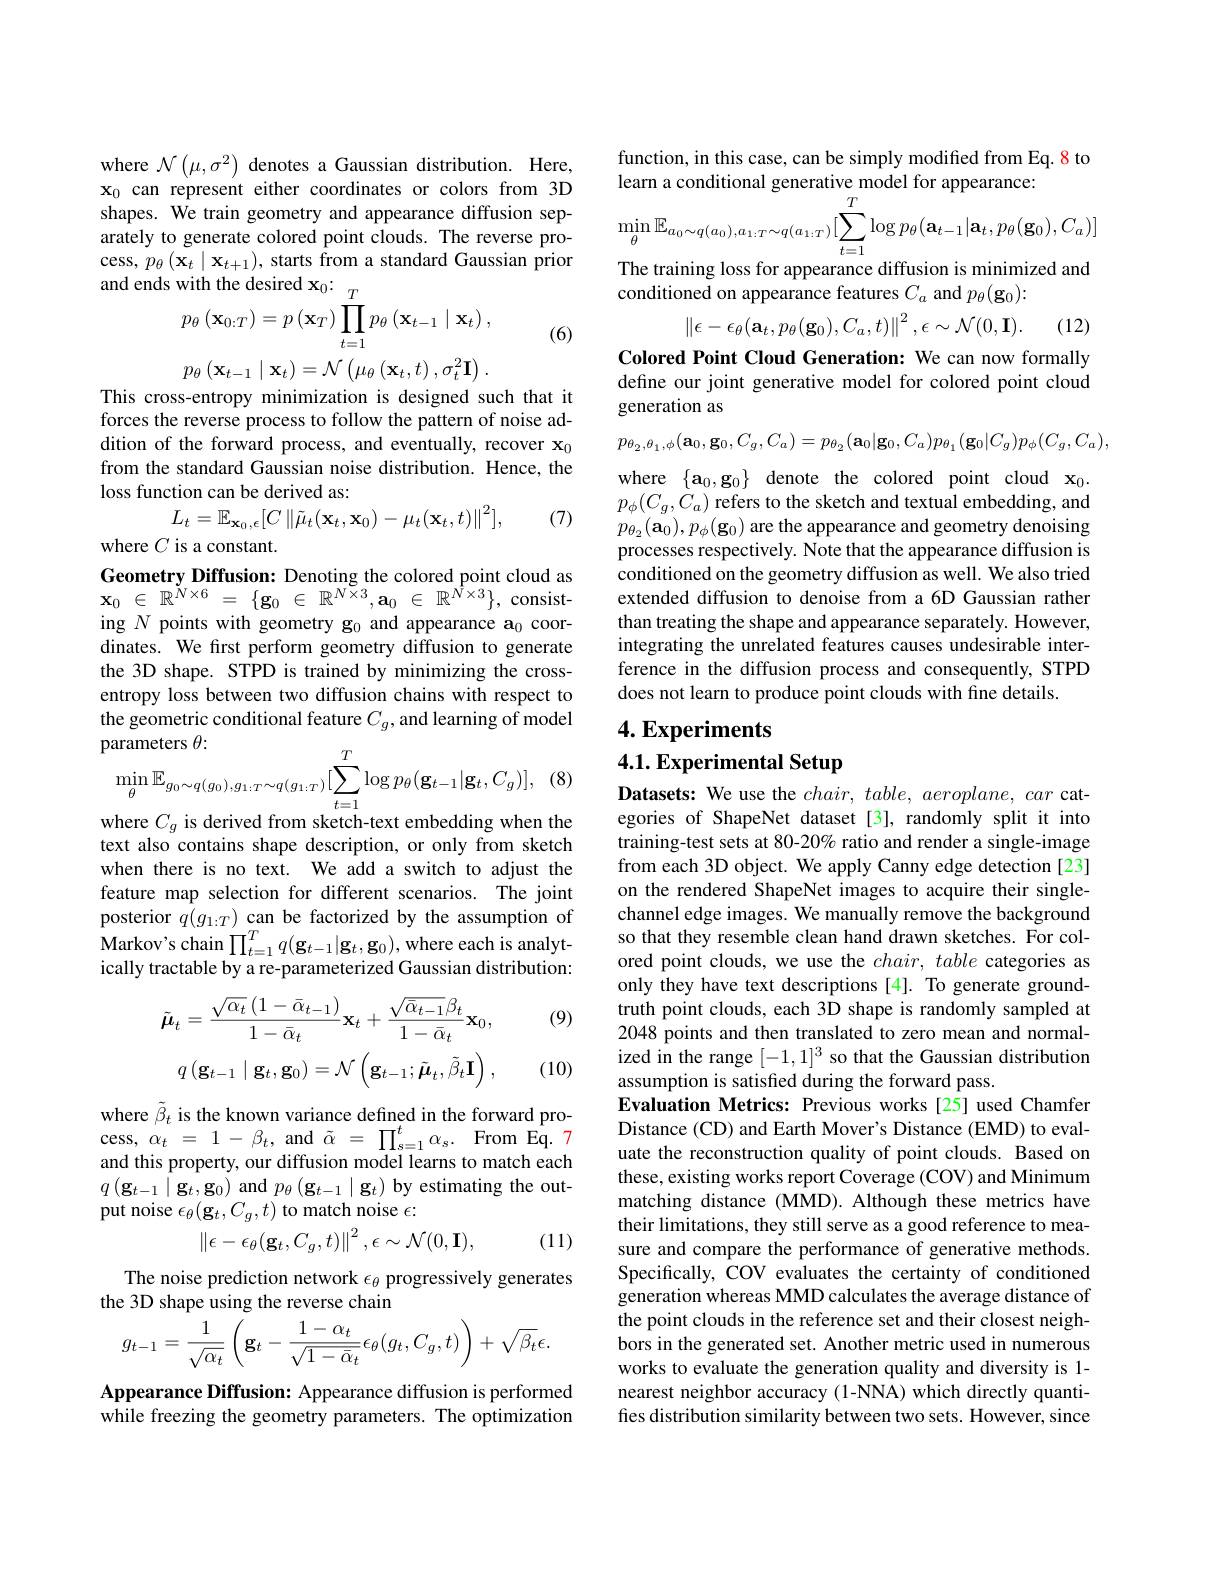
where $\mathcal{N}\left(\mu,\sigma^{2}\right)$ denotes a Gaussian distribution. Here, $\mathbf{x}_0$ can represent either coordinates or colors from 3D shapes. We train geometry and appearance diffusion separately to generate colored point clouds. The reverse process, $p_{\theta}\left(\mathbf{x}_{t}\mid\mathbf{x}_{t+1}\right)$, starts from a standard Gaussian prior and ends
$$\begin{aligned}&\text{with the desired x}_{0}{:}\\&p_{\theta}\left(\mathbf{x}_{0:T}\right)=p\left(\mathbf{x}_{T}\right)\prod_{t=1}^{T}p_{\theta}\left(\mathbf{x}_{t-1}\mid\mathbf{x}_{t}\right),\end{aligned}$$
(6)
$$p_\theta\left(\mathbf{x}_{t-1}\mid\mathbf{x}_t\right)=\mathcal{N}\left(\mu_\theta\left(\mathbf{x}_t,t\right),\sigma_t^2\mathbf{I}\right).$$
This cross-entropy minimization is designed such that it forces the reverse process to follow the pattern of noise addition of the forward process, and eventually, recover $\mathbf{x}_0$ from the standard Gaussian noise distribution. Hence, the loss function can be derived as:
$$L_t=\mathbb{E}_{\mathbf{x}_0,\epsilon}[C\left\|\tilde{\mu}_t(\mathbf{x}_t,\mathbf{x}_0)-\mu_t(\mathbf{x}_t,t)\right\|^2],$$
(7)

where $C$ is a constant.
Geometry Diffusion: Denoting the colored point cloud as $\mathbf{x} _{0}$ $\in$ $\mathbb{R} ^{N\times 6}$ = $\{ \mathbf{g} _{0}$ $\in$ $\mathbb{R} ^{N\times 3}, \mathbf{a} _{0}$ $\in$ $\mathbb{R} ^{N\times 3}\} $,consisting $N$ points with geometry g$_0$ and appearance a$_0$ coordinates. We first perform geometry diffusion to generate the 3D shape. STPD is trained by minimizing the crossentropy loss between two diffusion chains with respect to the geometric conditional feature $C_g$, and learning of model
$$\begin{aligned}&\text{oarameters }\theta{:}\\&\operatorname*{min}_{\theta}\mathbb{E}_{g_{0}\sim q(g_{0}),g_{1:T}\sim q(g_{1:T})}[\sum_{t=1}^{T}\operatorname{log}p_{\theta}(\mathbf{g}_{t-1}|\mathbf{g}_{t},C_{g})],\\&\text{111111111111111111}\end{aligned}$$
(8
where $C_g$ is derived from sketch-text embedding when the

text also contains shape description, or only from sketch when there is no text. We add a switch to adjust the feature map selection for different scenarios. The joint posterior $q(g_{1:T})$ can be factorized by the assumption of $\operatorname*{Markov's~chain}\prod_{t=1}^{T}q(\mathbf{g}_{t-1}|\mathbf{g}_{t},\mathbf{g}_{0})$,where each is analytically tractable by a re-parameterized Gaussian distribution:

(9)
$$\tilde{\boldsymbol{\mu}}_{t}=\frac{\sqrt{\alpha_{t}}\left(1-\bar{\alpha}_{t-1}\right)}{1-\bar{\alpha}_{t}}\mathbf{x}_{t}+\frac{\sqrt{\bar{\alpha}_{t-1}}\beta_{t}}{1-\bar{\alpha}_{t}}\mathbf{x}_{0},\\q\left(\mathbf{g}_{t-1}\mid\mathbf{g}_{t},\mathbf{g}_{0}\right)=\mathcal{N}\left(\mathbf{g}_{t-1};\tilde{\boldsymbol{\mu}}_{t},\tilde{\beta}_{t}\mathbf{I}\right),$$
(10)

where $\tilde{\beta}_t$ is the known variance defined in the forward pro- $\operatorname* { cess, } \alpha _{t}$ = 1 - $\beta _{t}$ ,and $\tilde{\alpha }$ = $\prod _{s= 1}^{t}\alpha _{s}.$ From Eq.7 and this property, our diffusion model learns to match each $q\left(\mathbf{g}_{t-1}\mid\mathbf{g}_{t},\mathbf{g}_{0}\right)$and$p_\theta\left(\mathbf{g}_{t-1}\mid\mathbf{g}_{t}\right)$by estimating the output noise $\epsilon_\theta(\mathbf{g}_t,C_g,t)$ to match noise $\epsilon:$
$$\left\|\epsilon-\epsilon_\theta(\mathbf{g}_t,C_g,t)\right\|^2,\epsilon\sim\mathcal{N}(0,\mathbf{I}),$$
(11)

The noise prediction network $\epsilon_\theta$ progressively generates
the 3D shape using the reverse chain
$$g_{t-1}=\frac{1}{\sqrt{\alpha_{t}}}\left(\mathbf{g}_{t}-\frac{1-\alpha_{t}}{\sqrt{1-\bar{\alpha}_{t}}}\epsilon_{\theta}(g_{t},C_{g},t)\right)+\sqrt{\beta_{t}}\epsilon.$$
Appearance Diffusion: Appearance diffusion is performed while freezing the geometry parameters. The optimization

function, in this case, can be simply modified from Eq. 8 to
learn a conditional generative model for appearance:
$$\operatorname*{min}_{\theta}\mathbb{E}_{a_{0}\sim q(a_{0}),a_{1:T}\sim q(a_{1:T})}[\sum_{t=1}^{T}\log p_{\theta}(\mathbf{a}_{t-1}|\mathbf{a}_{t},p_{\theta}(\mathbf{g}_{0}),C_{a})]$$
The training loss for appearance diffusion is minimized and

conditioned on appearance features $C_a$ and $p_\theta(\mathbf{g}_0):$
$$\left\|\epsilon-\epsilon_\theta(\mathbf{a}_t,p_\theta(\mathbf{g}_0),C_a,t)\right\|^2,\epsilon\sim\mathcal{N}(0,\mathbf{I}).$$
(12)

Colored Point Cloud Generation: We can now formally define our joint generative model for colored point cloud generation as
$$o_{\theta_{2},\theta_{1},\phi}(\mathbf{a}_{0},\mathbf{g}_{0},C_{g},C_{a})=p_{\theta_{2}}(\mathbf{a}_{0}|\mathbf{g}_{0},C_{a})p_{\theta_{1}}(\mathbf{g}_{0}|C_{g})p_{\phi}(C_{g},C_{a}),$$
where $\{\mathbf{a}_0,\mathbf{g}_0\}$ denote the colored point cloud$\mathbf{x}_0.$ $p_{\phi}(C_{g},C_{a})$ refers to the sketch and textual embedding, and $p_{\theta_2}(\mathbf{a}_0),p_\phi(\mathbf{g}_0)$ are the appearance and geometry denoising processes respectively. Note that the appearance diffusion is conditioned on the geometry diffusion as well. We also tried extended diffusion to denoise from a 6D Gaussian rather than treating the shape and appearance separately. However, integrating the unrelated features causes undesirable interference in the diffusion process and consequently, STPD does not learn to produce point clouds with fine details.

## $4. \textbf{Experiments}$

# 4.1. Experimental Setup

Datasets: We use the $chair, \textit{ table, aeroplane, car cat- }$ egories of ShapeNet dataset [3], randomly split it into training-test sets at 80-20% ratio and render a single-image from each 3D object. We apply Canny edge detection [23] on the rendered ShapeNet images to acquire their singlechannel edge images. We manually remove the background so that they resemble clean hand drawn sketches. For colored point clouds, we use the $chair, \textit{ table categories as}$ only they have text descriptions [4]. To generate groundtruth point clouds, each 3D shape is randomly sampled at 2048 points and then translated to zero mean and normalized in the range $[-1,1]^3$ so that the Gaussian distribution assumption is satisfied during the forward pass.
Evaluation Metrics: Previous works [25] used Chamfer Distance (CD) and Earth Mover's Distance (EMD) to evaluate the reconstruction quality of point clouds. Based on these, existing works report Coverage (COV) and Minimum matching distance (MMD). Although these metrics have their limitations, they still serve as a good reference to measure and compare the performance of generative methods Specifically, COV evaluates the certainty of conditioned generation whereas MMD calculates the average distance of the point clouds in the reference set and their closest neighbors in the generated set. Another metric used in numerous works to evaluate the generation quality and diversity is 1- nearest neighbor accuracy (1-NNA) which directly quantifies distribution similarity between two sets. However, since